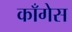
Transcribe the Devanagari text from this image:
काँगेस